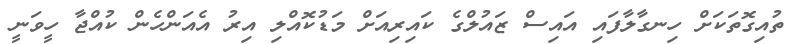
ތުއިގޮތަކަށް ހިނގާލާފައި އައިސް ޒައުލްގެ ކައިރިއަށް މަޑުކޮއްލި އިރު އެއަންހެން ކުއްޖާ ހީވަނީ